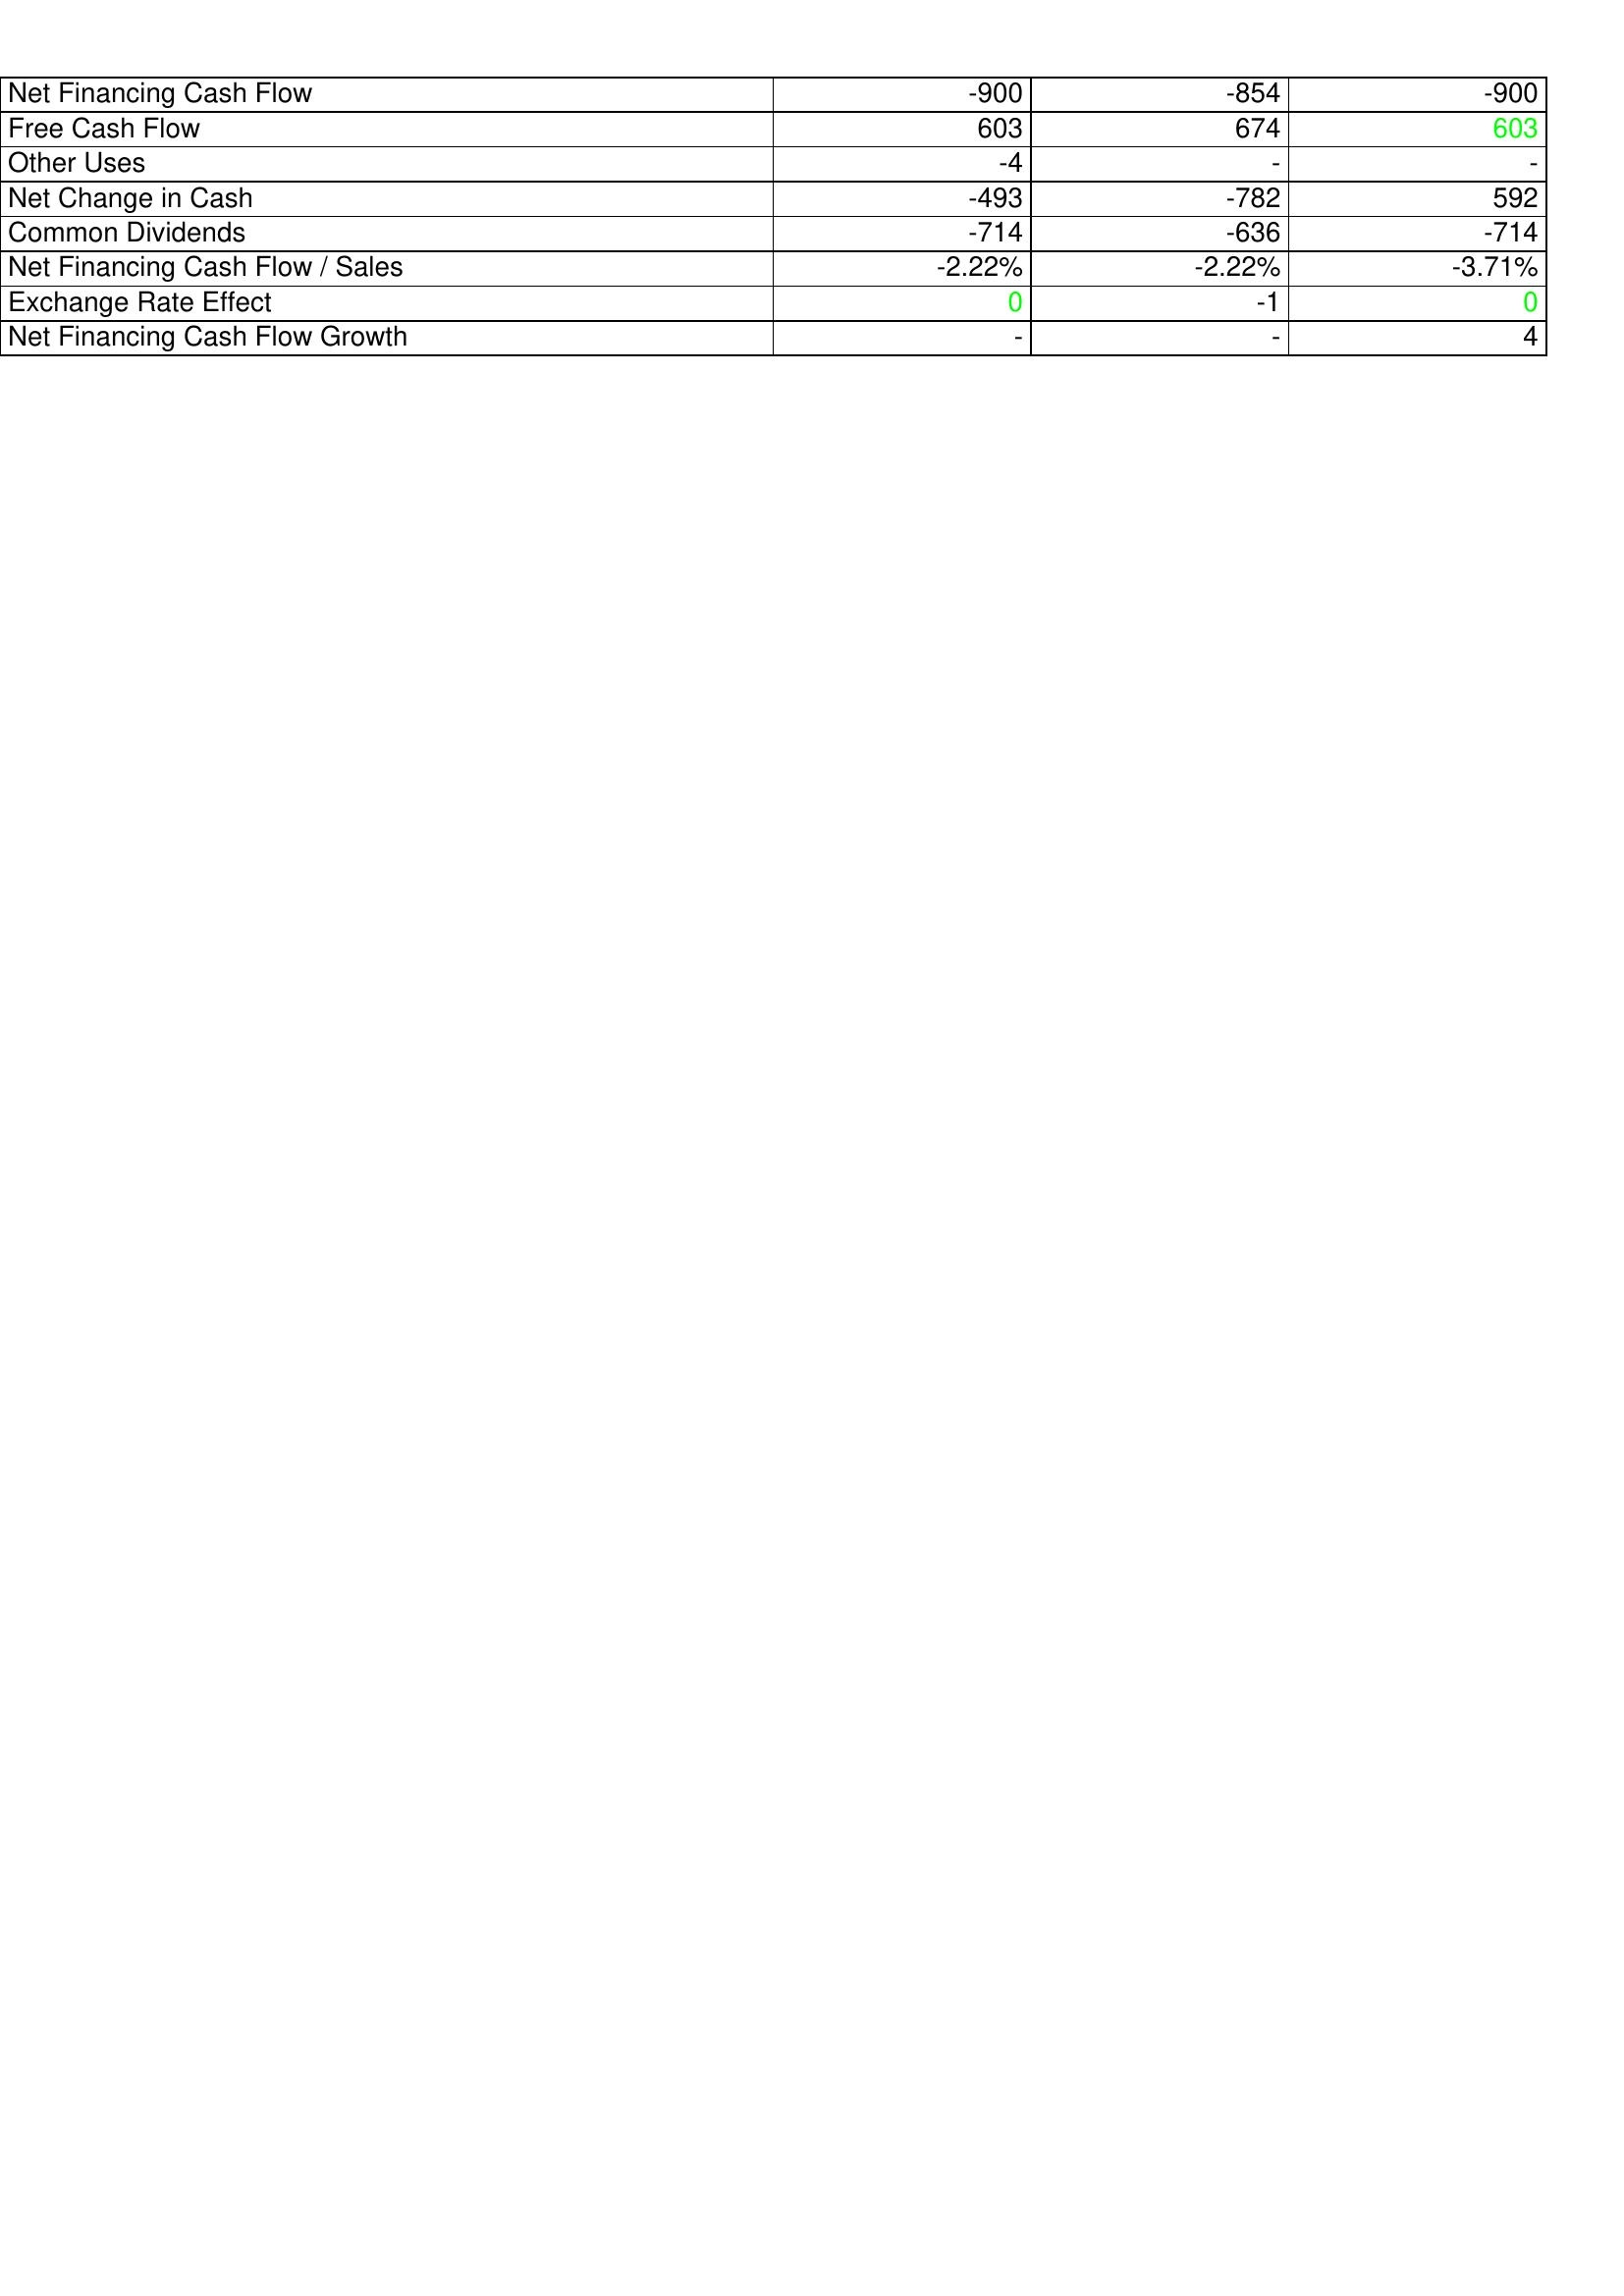
gt_parse: 2021: Financing Activities: Net Financing Cash Flow: -900
Free Cash Flow: 603
Other Uses: -4
Net Change in Cash: -493
Common Dividends: -714
Net Financing Cash Flow / Sales: -2.22%
Exchange Rate Effect: 0
Net Financing Cash Flow Growth: -
2022: Financing Activities: Net Financing Cash Flow: -854
Free Cash Flow: 674
Other Uses: -
Net Change in Cash: -782
Common Dividends: -636
Net Financing Cash Flow / Sales: -2.22%
Exchange Rate Effect: -1
Net Financing Cash Flow Growth: -
2023: Financing Activities: Net Financing Cash Flow: -900
Free Cash Flow: 603
Other Uses: -
Net Change in Cash: 592
Common Dividends: -714
Net Financing Cash Flow / Sales: -3.71%
Exchange Rate Effect: 0
Net Financing Cash Flow Growth: 4